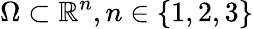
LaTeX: \Omega\subset\mathbb{R}^{n},n\in\{ 1,2,3\}